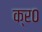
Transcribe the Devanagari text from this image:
क्र०